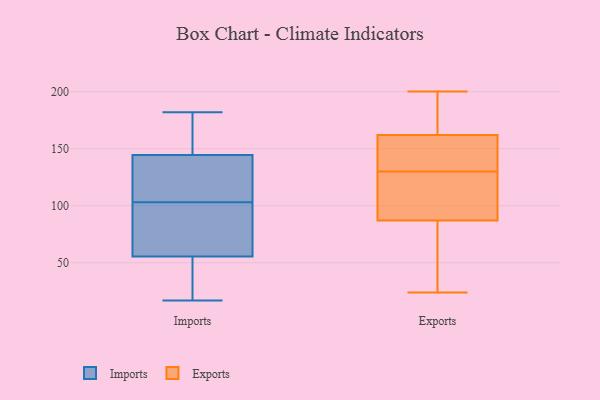
{"axis": {"x": "Conversion Rate (%)", "y": "Value"}, "legend": ["Exports", "Imports"], "data": [{"x": "", "y": 109, "type": "Imports"}, {"x": "", "y": 148, "type": "Imports"}, {"x": "", "y": 123, "type": "Imports"}, {"x": "", "y": 36, "type": "Imports"}, {"x": "", "y": 17, "type": "Imports"}, {"x": "", "y": 63, "type": "Imports"}, {"x": "", "y": 181, "type": "Imports"}, {"x": "", "y": 36, "type": "Imports"}, {"x": "", "y": 182, "type": "Imports"}, {"x": "", "y": 153, "type": "Imports"}, {"x": "", "y": 83, "type": "Imports"}, {"x": "", "y": 103, "type": "Imports"}, {"x": "", "y": 101, "type": "Imports"}, {"x": "", "y": 125, "type": "Imports"}, {"x": "", "y": 53, "type": "Imports"}, {"x": "", "y": 64, "type": "Imports"}, {"x": "", "y": 134, "type": "Imports"}, {"x": "", "y": 17, "type": "Imports"}, {"x": "", "y": 162, "type": "Imports"}, {"x": "", "y": 25, "type": "Exports"}, {"x": "", "y": 131, "type": "Exports"}, {"x": "", "y": 137, "type": "Exports"}, {"x": "", "y": 156, "type": "Exports"}, {"x": "", "y": 86, "type": "Exports"}, {"x": "", "y": 105, "type": "Exports"}, {"x": "", "y": 147, "type": "Exports"}, {"x": "", "y": 168, "type": "Exports"}, {"x": "", "y": 185, "type": "Exports"}, {"x": "", "y": 175, "type": "Exports"}, {"x": "", "y": 68, "type": "Exports"}, {"x": "", "y": 47, "type": "Exports"}, {"x": "", "y": 24, "type": "Exports"}, {"x": "", "y": 137, "type": "Exports"}, {"x": "", "y": 113, "type": "Exports"}, {"x": "", "y": 129, "type": "Exports"}, {"x": "", "y": 200, "type": "Exports"}, {"x": "", "y": 88, "type": "Exports"}, {"x": "", "y": 92, "type": "Exports"}, {"x": "", "y": 195, "type": "Exports"}]}